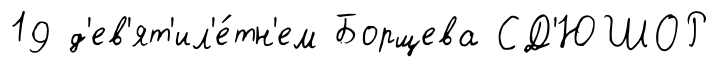
19 д'ев'ят'ил'е́тн'ем Борщева СД'ЮШОР